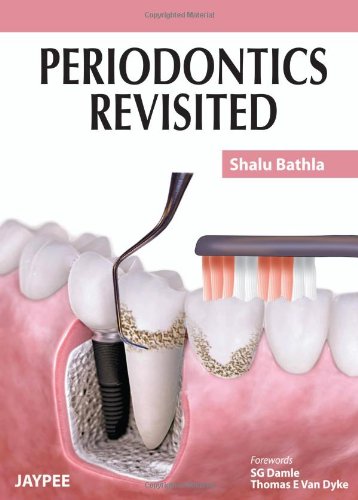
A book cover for Periodontics Revisited; Shalu Bathla; Medical Books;